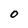
Character: 0